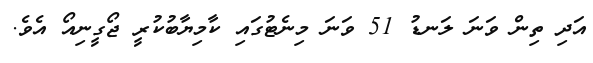
އަދި ތިން ވަނަ ލަނޑު 51 ވަނަ މިނެޓުގައި ކާމިޔާބުކުރީ ޖޯގީނިއޯ އެވެ.